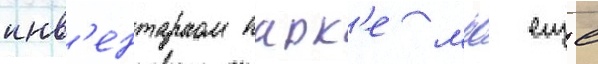
инв'ентарном парк'е мпс еще